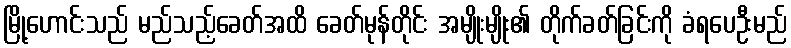
မြို့ဟောင်းသည် မည်သည့်ခေတ်အထိ ခေတ်မုန်တိုင်း အမျိုးမျိုး၏ တိုက်ခတ်ခြင်းကို ခံရပေဦးမည်